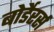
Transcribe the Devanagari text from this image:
बोर्डेरर्स